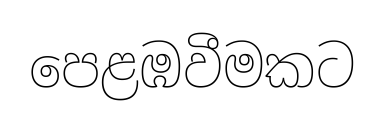
පෙළඹවීමකට